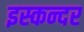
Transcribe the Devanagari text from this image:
इस्कन्दर